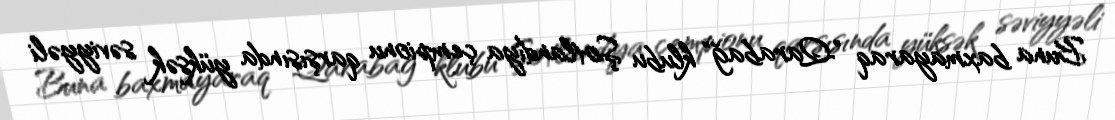
Buna baxmayaraq "Qarabağ" klubu Şotlandiya çempionu qarşısında yüksək səviyyəli